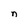
Character: n